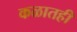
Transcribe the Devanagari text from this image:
कळातही